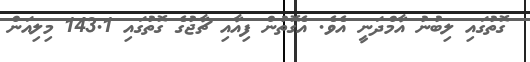
ގޮތުގައި ލިބުނު އާމްދަނީ އެވެ. އެގޮތުން ފިއާއި ޗާޖުގެ ގޮތުގައި 143.1 މިލިއަން